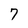
Character: 7